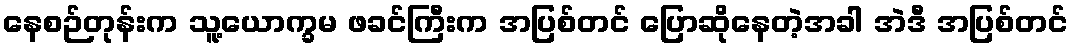
နေစဉ်တုန်းက သူ့ယောက္ခမ ဖခင်ကြီးက အပြစ်တင် ပြောဆိုနေတဲ့အခါ အဲဒီ အပြစ်တင်